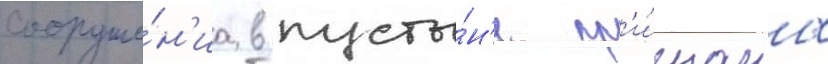
сооруже́н'иа в пусты́н'е пр'и́знаны